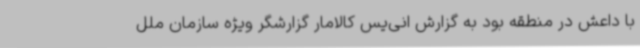
با داعش در منطقه بود به گزارش انی‌یس کالامار گزارشگر ویژه سازمان ملل